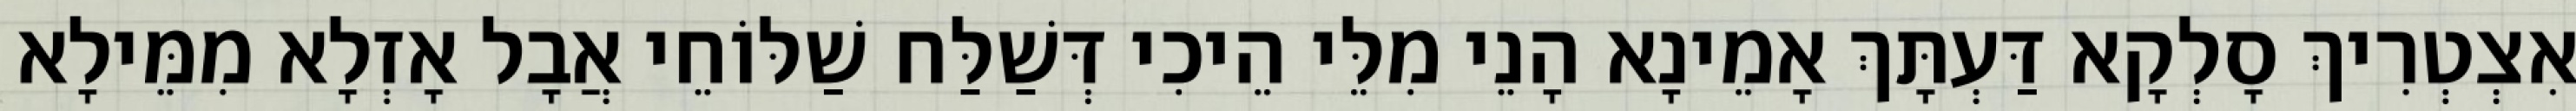
אִצְטְרִיךְ סָלְקָא דַּעְתָּךְ אָמֵינָא הָנֵי מִלֵּי הֵיכִי דְּשַׁלַּח שַׁלּוֹחֵי אֲבָל אָזְלָא מִמֵּילָא